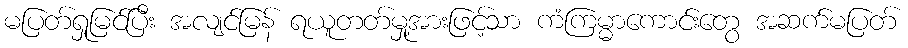
မပြတ်ရှုမြင်ပြီး အလျင်မြန် ရယူတတ်မှု့အားဖြင့်သာ ကံကြမ္မာကောင်းတွေ အဆက်မပြတ်